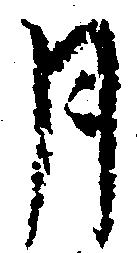
月